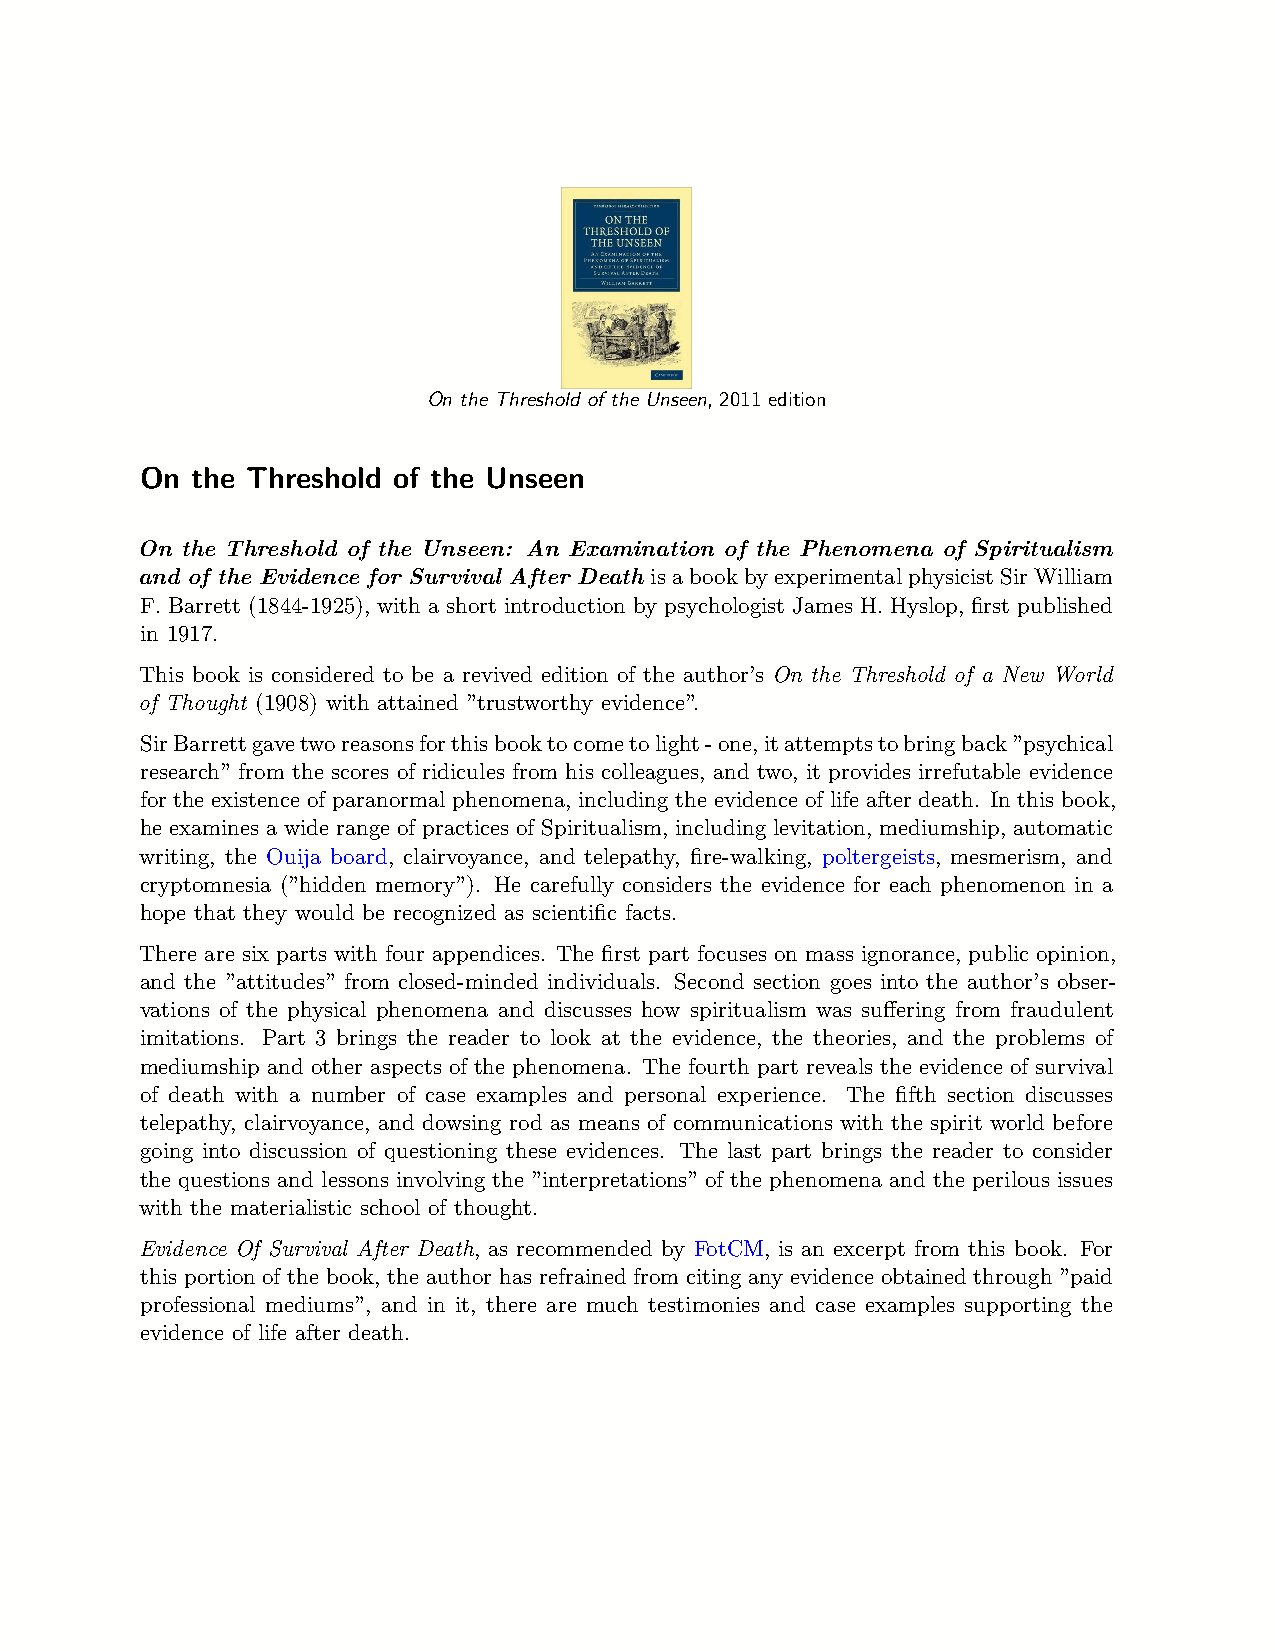
On the Threshold of the Unseen, 2011 edition
 On  the Threshold of the Unseen
 On the Threshold of the Unseen: An Examination of the Phenomena of Spiritualism
 and of the Evidence for Survival After Death isabookbyexperimentalphysicistSirWilliam
 F. Barrett (1844-1925), with a short introduction by psychologist James H. Hyslop, first published
 in 1917.
 This book is considered to be a revived edition of the author’s On the Threshold of a New World
 of Thought (1908) with attained ”trustworthy evidence”.
 SirBarrettgavetworeasonsforthisbooktocometolight-one,itattemptstobringback”psychical
 research” from the scores of ridicules from his colleagues, and two, it provides irrefutable evidence
 for the existence of paranormal phenomena, including the evidence of life after death. In this book,
 he examines a wide range of practices of Spiritualism, including levitation, mediumship, automatic
 writing, the Ouija board, clairvoyance, and telepathy, fire-walking, poltergeists, mesmerism, and
 cryptomnesia (”hidden memory”). He carefully considers the evidence for each phenomenon in a
 hope that they would be recognized as scientific facts.
 There are six parts with four appendices. The first part focuses on mass ignorance, public opinion,
 and the ”attitudes” from closed-minded individuals. Second section goes into the author’s obser-
 vations of the physical phenomena and discusses how spiritualism was suffering from fraudulent
 imitations. Part 3 brings the reader to look at the evidence, the theories, and the problems of
 mediumship and other aspects of the phenomena. The fourth part reveals the evidence of survival
 of death with a number of case examples and personal experience. The fifth section discusses
 telepathy, clairvoyance, and dowsing rod as means of communications with the spirit world before
 going into discussion of questioning these evidences. The last part brings the reader to consider
 the questions and lessons involving the ”interpretations” of the phenomena and the perilous issues
 with the materialistic school of thought.
 Evidence Of Survival After Death, as recommended by FotCM, is an excerpt from this book. For
 this portion of the book, the author has refrained from citing any evidence obtained through ”paid
 professional mediums”, and in it, there are much testimonies and case examples supporting the
 evidence of life after death.